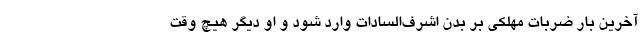
آخرین بار ضربات مهلکی بر بدن اشرف‌السادات وارد شود و او دیگر هیچ وقت